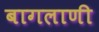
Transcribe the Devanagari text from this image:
बागलाणी